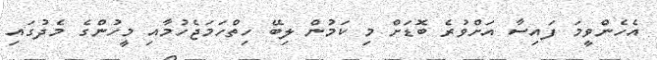
އެހެންވީމަ ފައިސާ އަށްވުރެ ބޮޑަށް މި ކަމުން ލިބޭ ހިތްހަމަޖެހުމާއި މީހުންގެ މެދުގައި